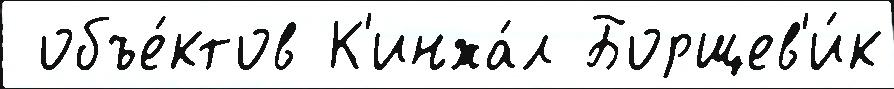
 объе́ктов К'инжа́л Борщев'и́к